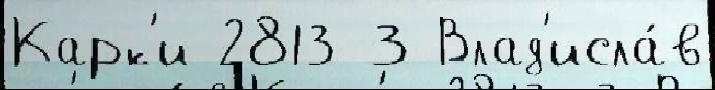
Карк'и 2813 3 Влад'исла́в